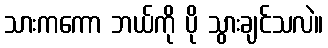
သားကကော ဘယ်ကို ပို သွားချင်သလဲ။